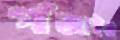
গাঁজাইও